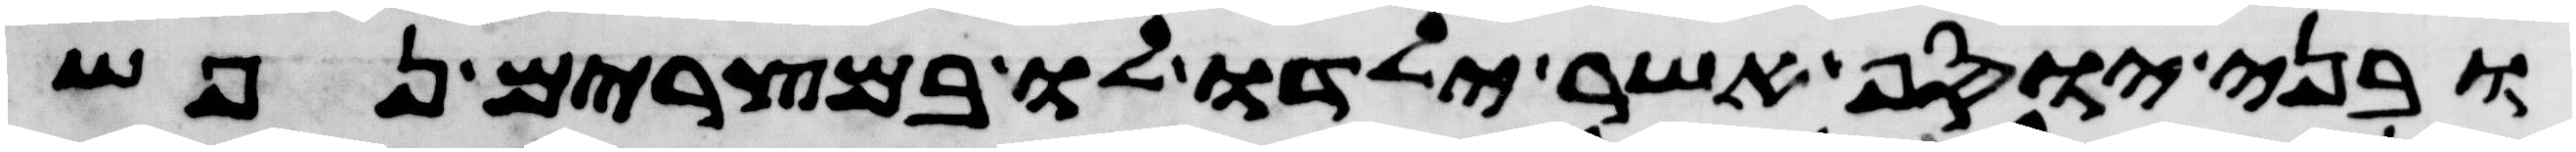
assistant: ובני יוסף אשר ילדו לו במצרים נפש